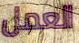
العمل